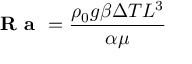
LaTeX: { \textbf { R a } } = { \frac { \rho _ { 0 } g \beta \Delta T L ^ { 3 } } { \alpha \mu } }